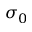
\sigma _ { 0 }